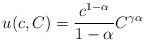
LaTeX: \begin{align*} u(c, C)=\frac{c^{1-\alpha}}{1-\alpha}C^{\gamma \alpha}\end{align*}